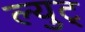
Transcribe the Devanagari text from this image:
ल्युट्